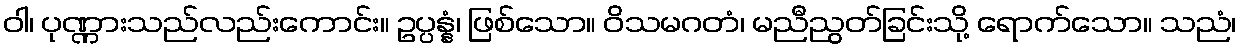
ဝါ၊ ပုဏ္ဏားသည်လည်းကောင်း။ ဥပ္ပန္နံ၊ ဖြစ်သော။ ဝိသမဂတံ၊ မညီညွတ်ခြင်းသို့ ရောက်သော။ သညံ၊